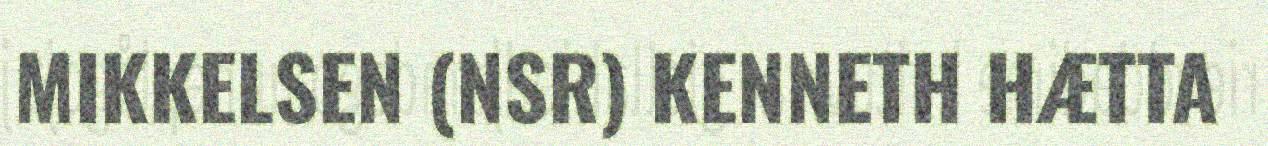
MIKKELSEN (NSR) KENNETH HÆTTA